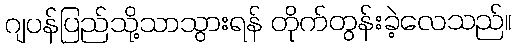
ဂျပန်ပြည်သို့သာသွားရန် တိုက်တွန်းခဲ့လေသည်။